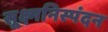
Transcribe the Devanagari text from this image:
सूक्ष्मनिस्पंदन